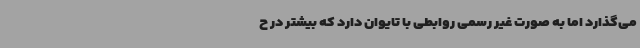
می‌گذارد اما به صورت غیر رسمی روابطی با تایوان دارد که بیشتر در ح